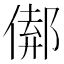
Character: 𨝈